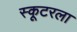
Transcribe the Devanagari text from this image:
स्कूटरला